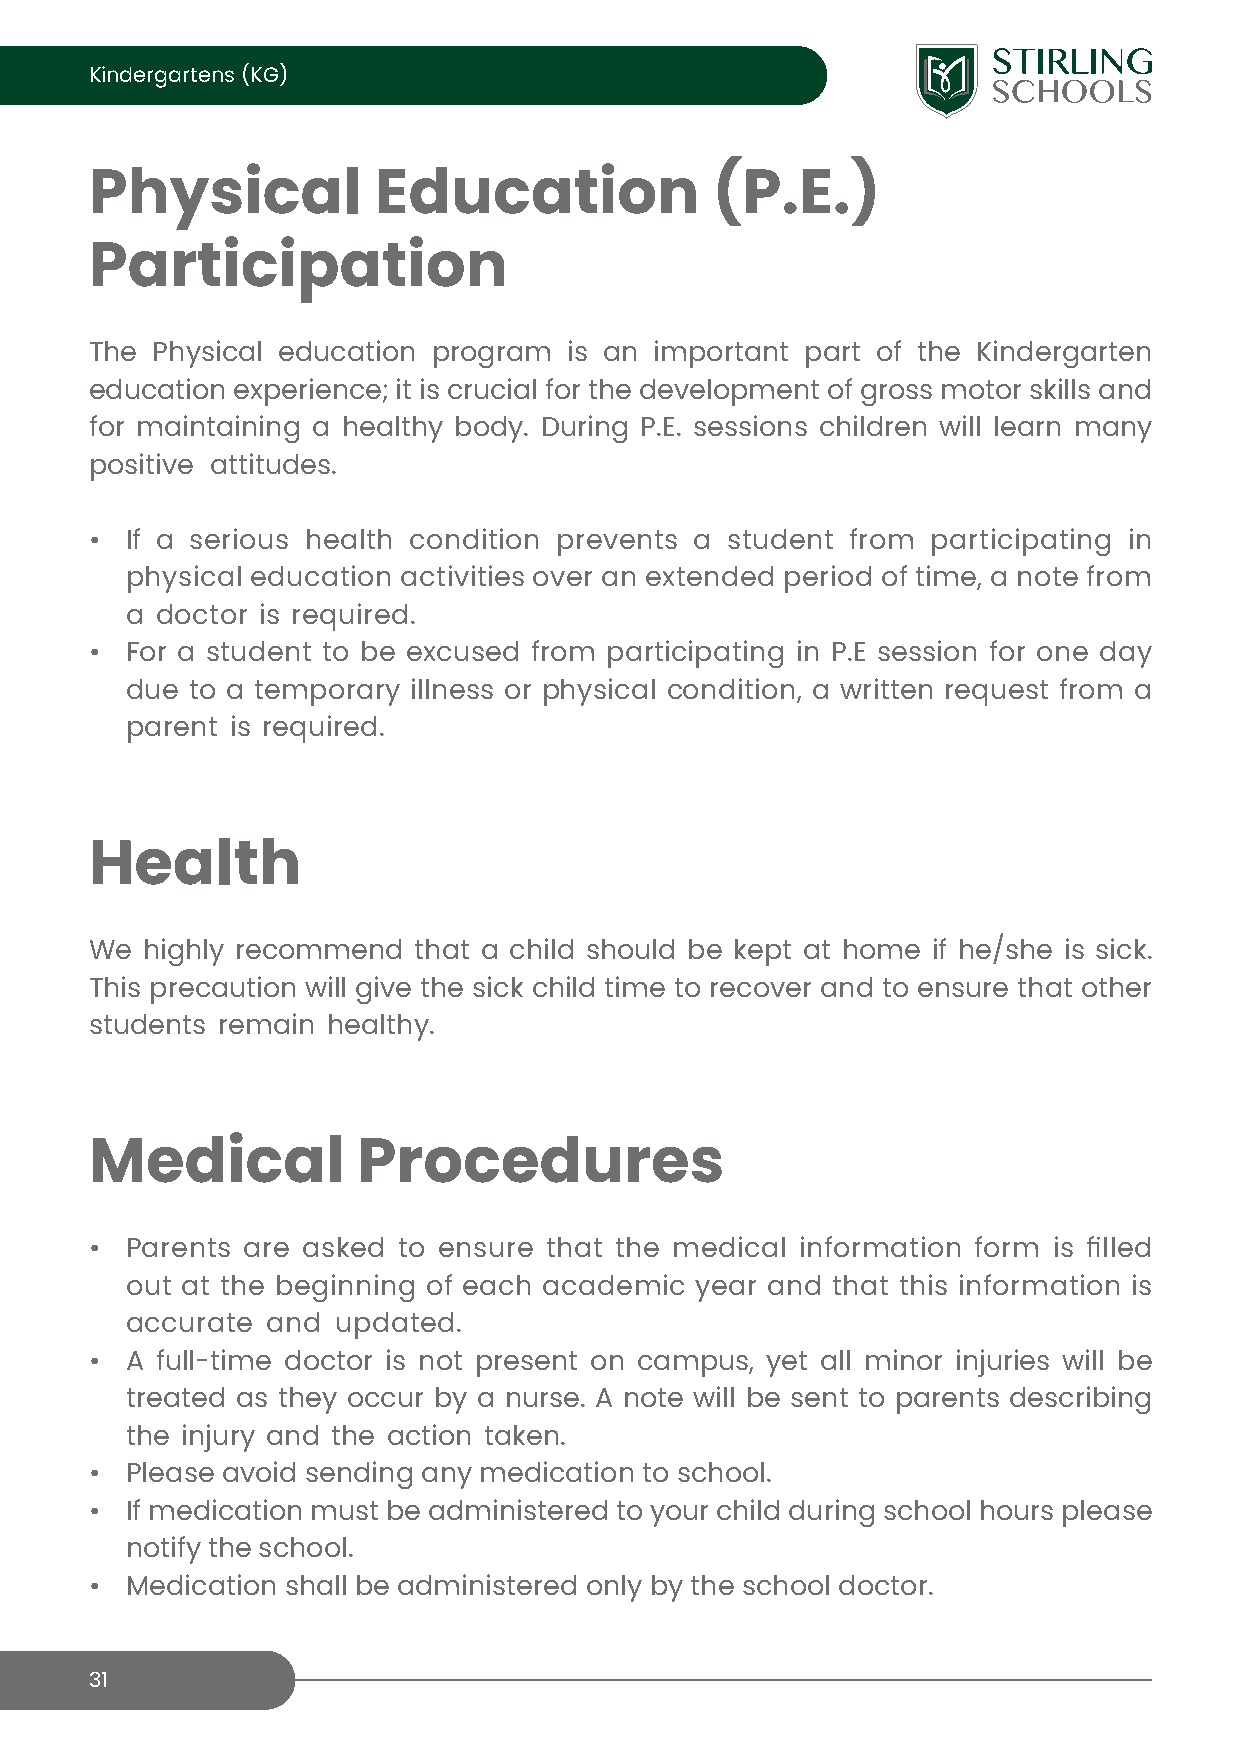
Kindergartens (KG)
 Physical           Education             (P.E.)
 Participation
 The Physical education program  is an important part of the Kindergarten
 education experience; it is crucial for the development of gross motor skills and
 for maintaining a healthy body. During P.E. sessions children will learn many
 positive attitudes.
 • If a serious health condition prevents a student from participating in
 physical education activities over an extended period of time, a note from
 a doctor is required.
 • For a student to be excused from participating in P.E session for one day
 due  to a temporary illness or physical condition, a written request from a
 parent is required.
 Health
 We highly recommend  that a child should be kept at home if he/she is sick.
 This precaution will give the sick child time to recover and to ensure that other
 students remain healthy.
 Medical           Procedures
 • Parents are asked to ensure that the medical information form is filled
 out at the beginning of each academic year and that this information is
 accurate  and updated.
 • A full-time doctor is not present on campus, yet all minor injuries will be
 treated as they occur by a nurse. A note will be sent to parents describing
 the injury and the action taken.
 • Please avoid sending any medication to school.
 • If medication must be administered to your child during school hours please
 notify the school.
 • Medication shall be administered only by the school doctor.
 31